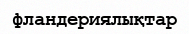
фландериялықтар